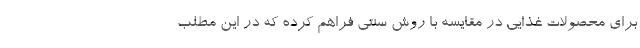
برای محصولات غذایی در مقایسه با روش سنتی فراهم کرده که در این مطلب